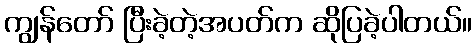
ကျွန်တော် ပြီးခဲ့တဲ့အပတ်က ဆိုပြခဲ့ပါတယ်။